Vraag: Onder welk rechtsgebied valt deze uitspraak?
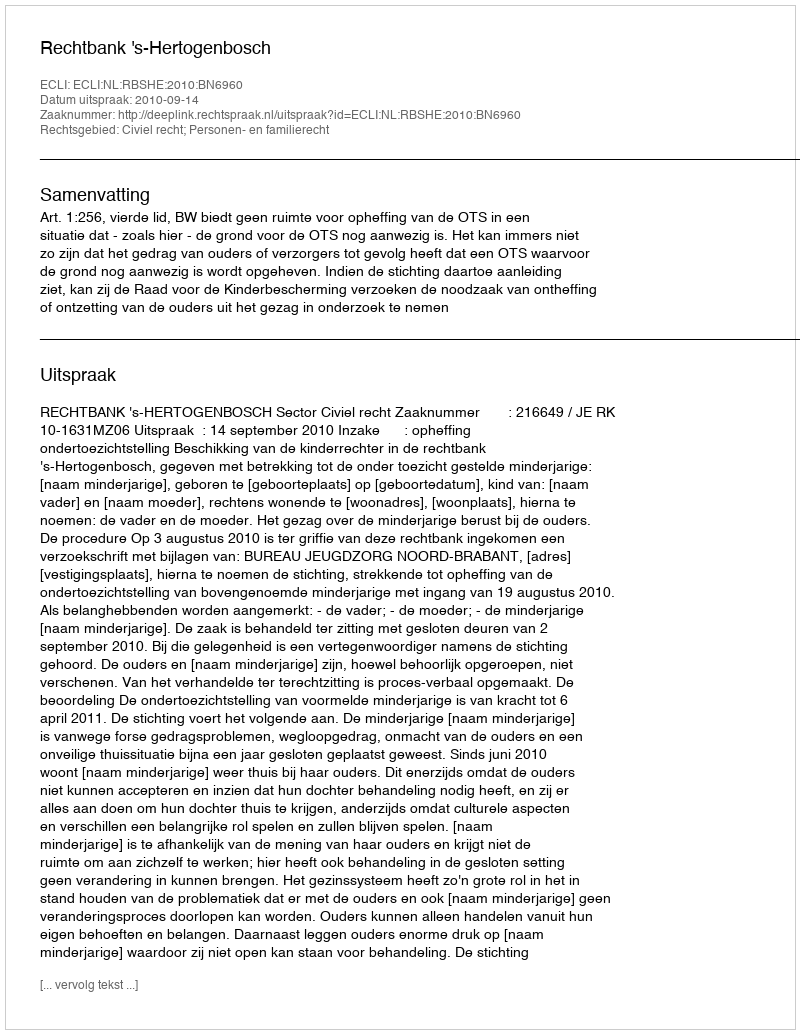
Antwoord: Civiel recht; Personen- en familierecht